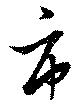
市